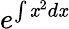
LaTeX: e^{\int\mathit{x}^{2}d\mathit{x}}